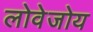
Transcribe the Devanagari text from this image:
लोवेजोय